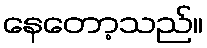
နေတော့သည်။